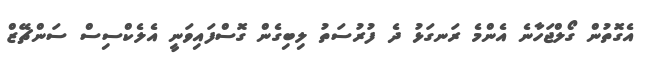
އެގޮތުން ގޯލްޖަހާނެ އެންމެ ރަނގަޅު ދެ ފުރުސަތު ލިބިގެން ގޮސްފައިވަނީ އެލެކްސިސް ސަންޗޭޒް